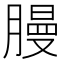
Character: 𫆳